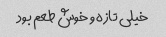
خیلی تازه و خوش طعم بود